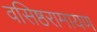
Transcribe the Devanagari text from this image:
वसिष्ठरामायण